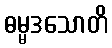
ဓမ္မဒသောတိ